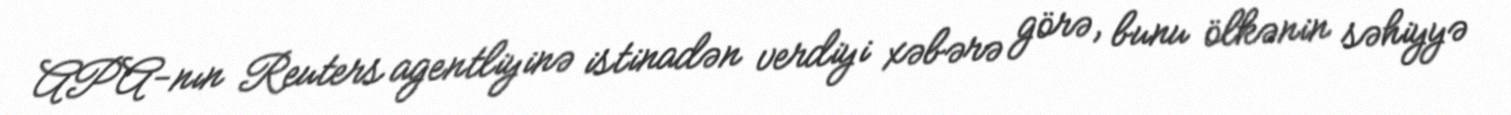
APA-nın Reuters agentliyinə istinadən verdiyi xəbərə görə, bunu ölkənin səhiyyə